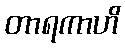
တာရကာဟိ